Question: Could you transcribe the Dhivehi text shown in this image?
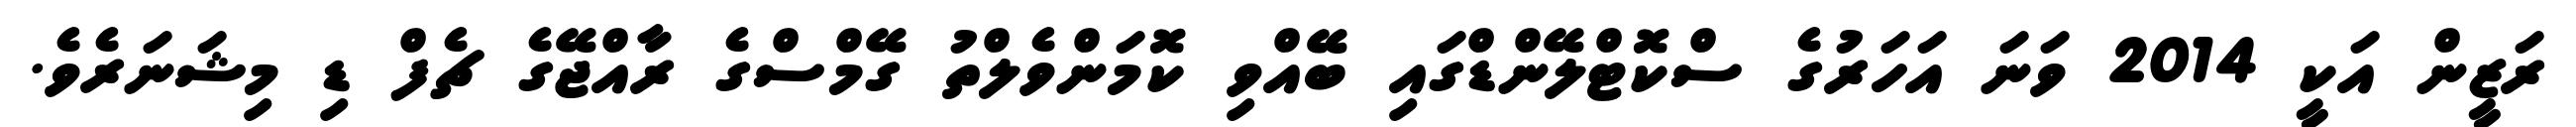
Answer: ރަޒީން އަކީ 2014 ވަނަ އަހަރުގެ ސްކޮޓްލޭންޑްގައި ބޭއްވި ކޮމަންވެލްތު ގޭމްސްގެ ރާއްޖޭގެ ޗެފް ޑި މިޝަނަރެވެ.